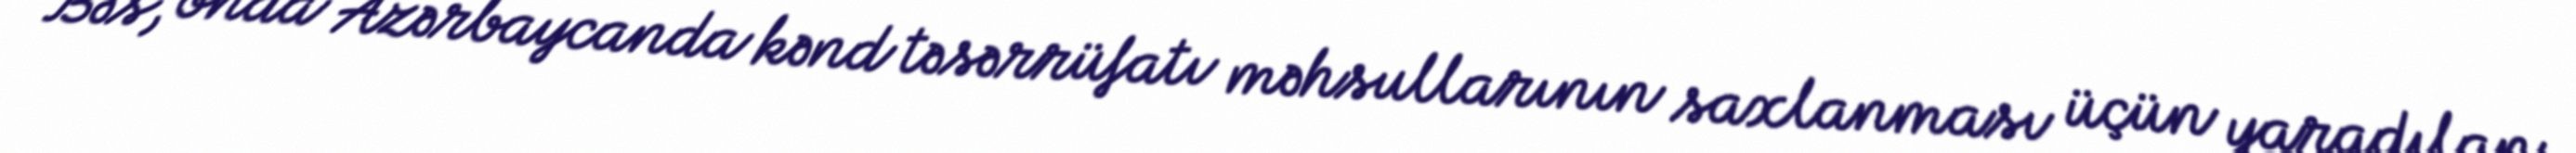
Bəs, onda Azərbaycanda kənd təsərrüfatı məhsullarının saxlanması üçün yaradılan